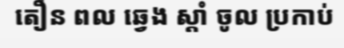
តឿន ពល ឆ្វេង ស្តាំ ចូល ប្រកាប់